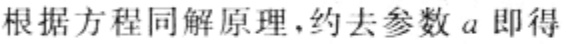
根据方程同解原理，约去参数 \(a\) 即得